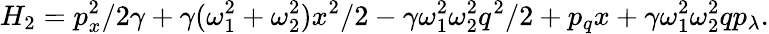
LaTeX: H_{2}=p_{x}^{2}/2\gamma+\gamma(\omega_{1}^{2}+\omega_{2}^{2})x^{2}/2-\gamma\omega_{1}^{2}\omega_{2}^{2}q^{2}/2+p_{q}x+\gamma\omega_{1}^{2}\omega_{2}^{2}qp_{\lambda}.